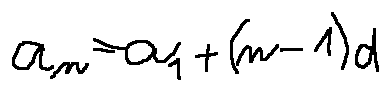
a _ { n } = a _ { 1 } + ( n - 1 ) d